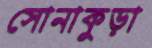
সোনাকুড়া